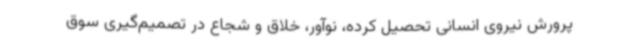
پرورش نیروی انسانی تحصیل کرده، نوآور، خلاق و شجاع در تصمیم‌گیری سوق